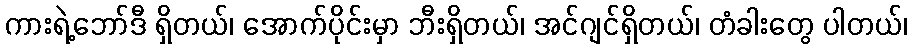
ကားရဲ့ဘော်ဒီ ရှိတယ်၊ အောက်ပိုင်းမှာ ဘီးရှိတယ်၊ အင်ဂျင်ရှိတယ်၊ တံခါးတွေ ပါတယ်၊